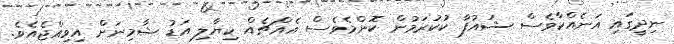
ނިދީގައި އަނެއްކާވެސް ޝައުފާ ކުކުރަމުން ކޮންމެވެސް އެއްޗެއް ކިޔާލި އަޑު ޝާމިނަށް އިވިއްޖެއެވެ.